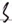
Text: S